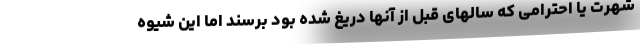
شهرت یا احترامی که سالهای قبل از آنها دریغ شده بود برسند اما این شیوه